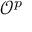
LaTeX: { \mathcal { O } } ^ { p }